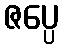
ဇပ္ပေ